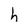
Character: h